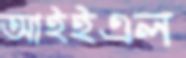
আইইএল